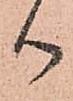
御